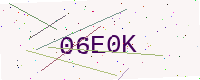
Text: 06E0K